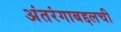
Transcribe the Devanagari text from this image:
अंतरंगाबद्दलची